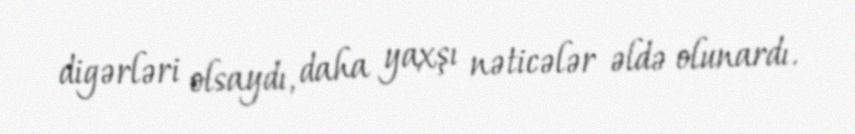
digərləri olsaydı, daha yaxşı nəticələr əldə olunardı.